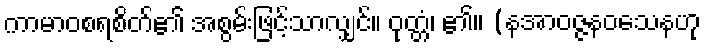
ကာမာဝစရစိတ်၏ အစွမ်းဖြင့်သာလျှင်။ ဝုတ္တံ၊ ၏။ (နအာဝဇ္ဇနဝသေနဟု